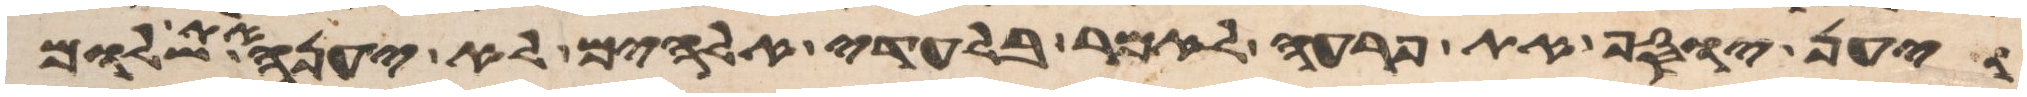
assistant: ויען יוסף את פרעה לאמר בלעדי אלהים לא יענה את שלום